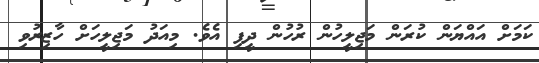
ކަމަށް އައްޔަން ކުރަން މަޖިލީހުން ރުހުން ދީފި އެވެ. މިއަދު މަޖިލީހަށް ހާޒިރުވި